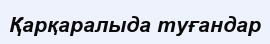
Қарқаралыда туғандар